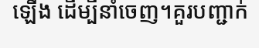
ឡើង ដើម្បីនាំចេញ។គួរបញ្ជាក់